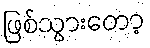
ဖြစ်သွားတော့